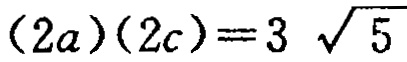
\((2a)(2c)=3\sqrt{5}\)